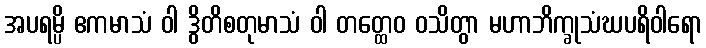
အပရမ္ပိ ဧကမာသံ ဝါ ဒွိတိစတုမာသံ ဝါ တတ္ထေဝ ဝသိတွာ မဟာဘိက္ခုသံဃပရိဝါရော